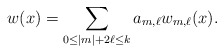
\begin{align*}w(x)= \sum_{0\le |m|+2\ell\le k} a_{m,\ell} w_{m,\ell} (x).\end{align*}